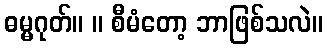
ဓမ္မဂုတ်။ ။ စီမံတော့ ဘာဖြစ်သလဲ။